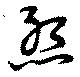
怨